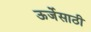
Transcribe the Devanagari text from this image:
ऊर्जेसाठी